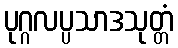
ပုဂ္ဂလပ္ပသာဒသုတ္တံ